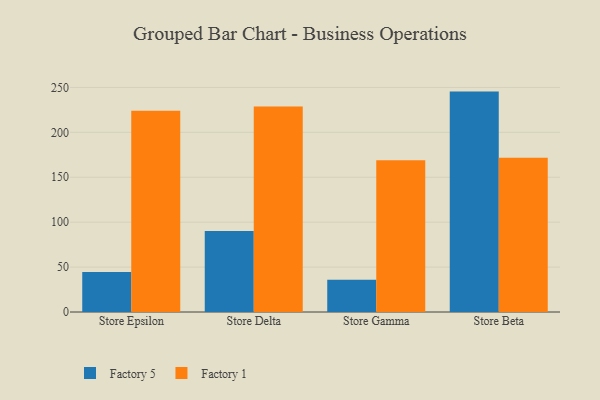
{"axis": {"x": "Store", "y": "Churn Rate (%)"}, "legend": ["Factory 1", "Factory 5"], "data": [{"x": "Store Epsilon", "y": 44.6, "type": "Factory 5"}, {"x": "Store Epsilon", "y": 224.0, "type": "Factory 1"}, {"x": "Store Delta", "y": 90.1, "type": "Factory 5"}, {"x": "Store Delta", "y": 228.7, "type": "Factory 1"}, {"x": "Store Gamma", "y": 36.0, "type": "Factory 5"}, {"x": "Store Gamma", "y": 169.0, "type": "Factory 1"}, {"x": "Store Beta", "y": 245.4, "type": "Factory 5"}, {"x": "Store Beta", "y": 171.8, "type": "Factory 1"}]}